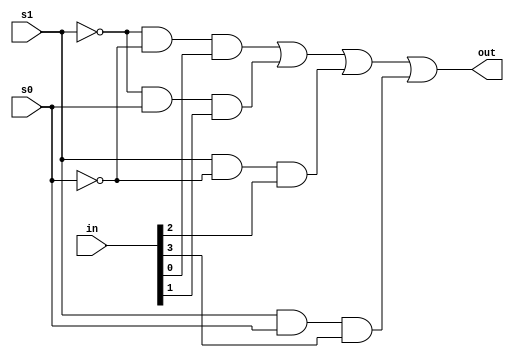
module mux(in, s0, s1, out);
input s0,s1;
input [3:0]in;
output out;
assign out=(~s1&~s0&in[0]) | (~s1&s0&in[1]) | (s1&~s0&in[2]) | (s1&s0&in[3]);
endmodule